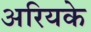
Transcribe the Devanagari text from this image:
अरियके